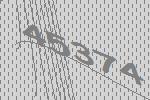
45374